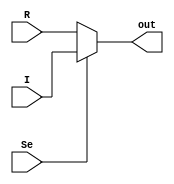
`timescale 1ns / 1ps
//////////////////////////////////////////////////////////////////////////////////
// Company: 
// Engineer: 
// 
// Design Name: 
// Module Name: MUX
// Project Name: 
// Target Devices: 
// Tool Versions: 
// Description: 
// 
// Dependencies: 
// 
// Revision:
// Revision 0.01 - File Created
// Additional Comments:
// 
//////////////////////////////////////////////////////////////////////////////////


module MUX(
    input [31:0] R, I,
    input Se,
    output [31:0] out
    );
    
    assign out = (Se) ? I : R;
endmodule